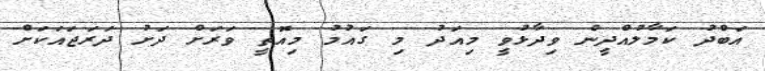
އަބްދު ކަމާލުއްދީން ވިދާޅުވީ މިއަދު މި ގައުމު މިއޮތީ ވަރަށް ދަށު ދަރަޖައަކަށް